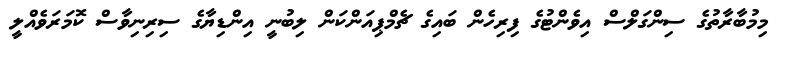
މިމުބާރާތުގެ ސިންގަލްސް އިވެންޓުގެ ފިރިހެން ބައިގެ ޗެމްޕިއަންކަން ލިބުނީ އިންޑިޔާގެ ސިރިނިވާސް ކޮމަރަވެއްލީ